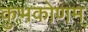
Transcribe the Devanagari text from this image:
कुभकोणम्